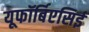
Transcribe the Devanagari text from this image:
यूफॉर्बिएसिई